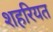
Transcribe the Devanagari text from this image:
शहरियत